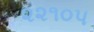
૨૨૧૦૫